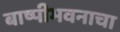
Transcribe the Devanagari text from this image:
बाष्पीभवनाचा